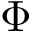
\Phi